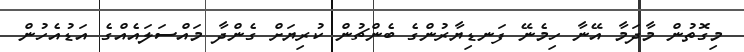
މިގޮތުން މާދަމާ އޭނާ ހިމެނޭ ފަނޑިޔާރުންގެ ބެންޗުން ކުރިޔަށް ގެންދާ މައްސަލައެއްގެ އަޑުއެހުން